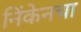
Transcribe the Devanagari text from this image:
निंकेनचा